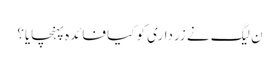
ن لیگ نے زرداری کو کیا فائدہ پہنچایا؟